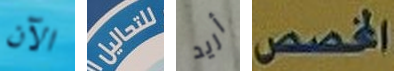
الآن للتحاليل أريد المخصص